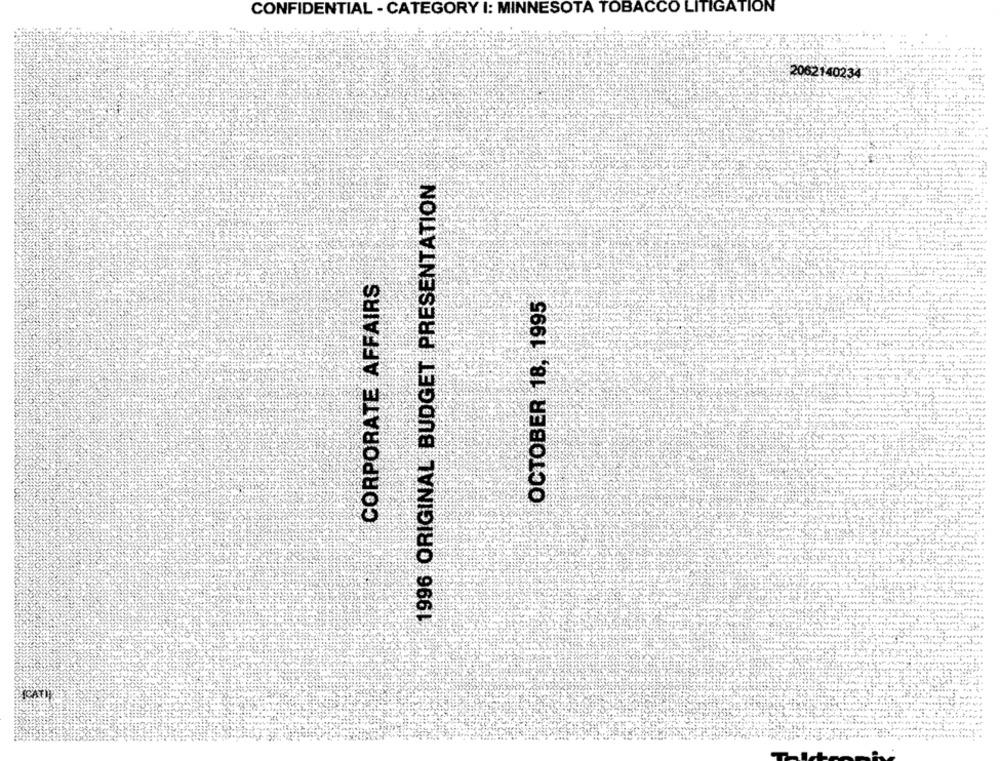
CONFIDENTIAL - CATEGORY I: MINNESOTA TOBACCO LITIGATION
2062140234
1996 ORIGINAL BUDGET PRESENTATION
CORPORATE AFFAIRS
OCTOBER 18, 1995
(CATI